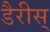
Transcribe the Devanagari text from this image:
डैरीस्